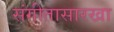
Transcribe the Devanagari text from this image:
संगीतासारखा